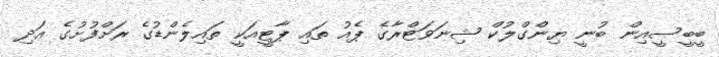
ބީބީސީއިން ބުނީ ޔިންގްލުކް ޝިނަވަޓްރާގެ ޕެއު ތައި ޕާޓީއަކީ ތައިލެންޑުގެ ރަށްފުށުގެ އަދި